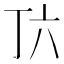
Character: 𬻅